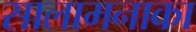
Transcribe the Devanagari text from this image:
सालामनाका